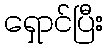
ရှောင်ပြီး